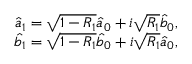
\begin{array} { r } { \hat { a } _ { 1 } = \sqrt { 1 - R _ { 1 } } \hat { a } _ { 0 } + i \sqrt { R _ { 1 } } \hat { b } _ { 0 } , } \\ { \hat { b } _ { 1 } = \sqrt { 1 - R _ { 1 } } \hat { b } _ { 0 } + i \sqrt { R _ { 1 } } \hat { a } _ { 0 } , } \end{array}